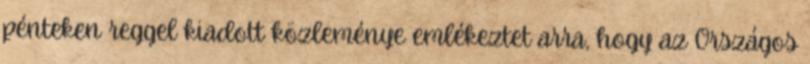
pénteken reggel kiadott közleménye emlékeztet arra, hogy az Országos